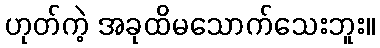
ဟုတ်ကဲ့ အခုထိမသောက်သေးဘူး။